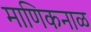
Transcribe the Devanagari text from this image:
माणिकनाळ